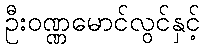
ဦးဝဏ္ဏမောင်လွင်နှင့်